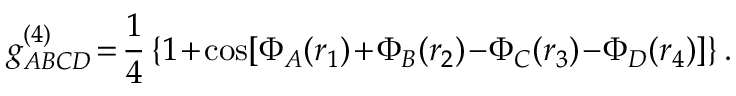
g _ { A B C D } ^ { ( 4 ) } \! = \! \frac { 1 } { 4 } \left\{ 1 \! + \! \cos [ \Phi _ { A } ( \boldsymbol { r } _ { 1 } ) \! + \! \Phi _ { B } ( \boldsymbol { r } _ { 2 } ) \! - \! \Phi _ { C } ( \boldsymbol { r } _ { 3 } ) \! - \! \Phi _ { D } ( \boldsymbol { r } _ { 4 } ) ] \right\} .